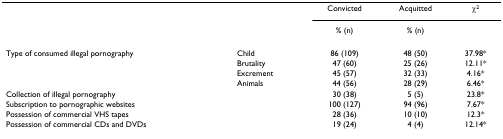
<table><thead><tr><td></td><td></td><td><b>Convicted</b></td><td><b>Acquitted</b></td><td><b>χ<sup>2</sup></b></td></tr><tr><td></td><td></td><td><b>% (n)</b></td><td><b>% (n)</b></td><td></td></tr></thead><tbody><tr><td>Type of consumed illegal pornography</td><td>Child</td><td>86 (109)</td><td>48 (50)</td><td>37.98*</td></tr><tr><td></td><td>Brutality</td><td>47 (60)</td><td>25 (26)</td><td>12.11*</td></tr><tr><td></td><td>Excrement</td><td>45 (57)</td><td>32 (33)</td><td>4.16*</td></tr><tr><td></td><td>Animals</td><td>44 (56)</td><td>28 (29)</td><td>6.46*</td></tr><tr><td colspan="2">Collection of illegal pornography</td><td>30 (38)</td><td>5 (5)</td><td>23.8*</td></tr><tr><td colspan="2">Subscription to pornographic websites</td><td>100 (127)</td><td>94 (96)</td><td>7.67*</td></tr><tr><td colspan="2">Possession of commercial VHS tapes</td><td>28 (36)</td><td>10 (10)</td><td>12.3*</td></tr><tr><td colspan="2">Possession of commercial CDs and DVDs</td><td>19 (24)</td><td>4 (4)</td><td>12.14*</td></tr></tbody></table>